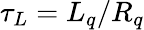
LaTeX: \tau_{L}=L_{q}/R_{q}